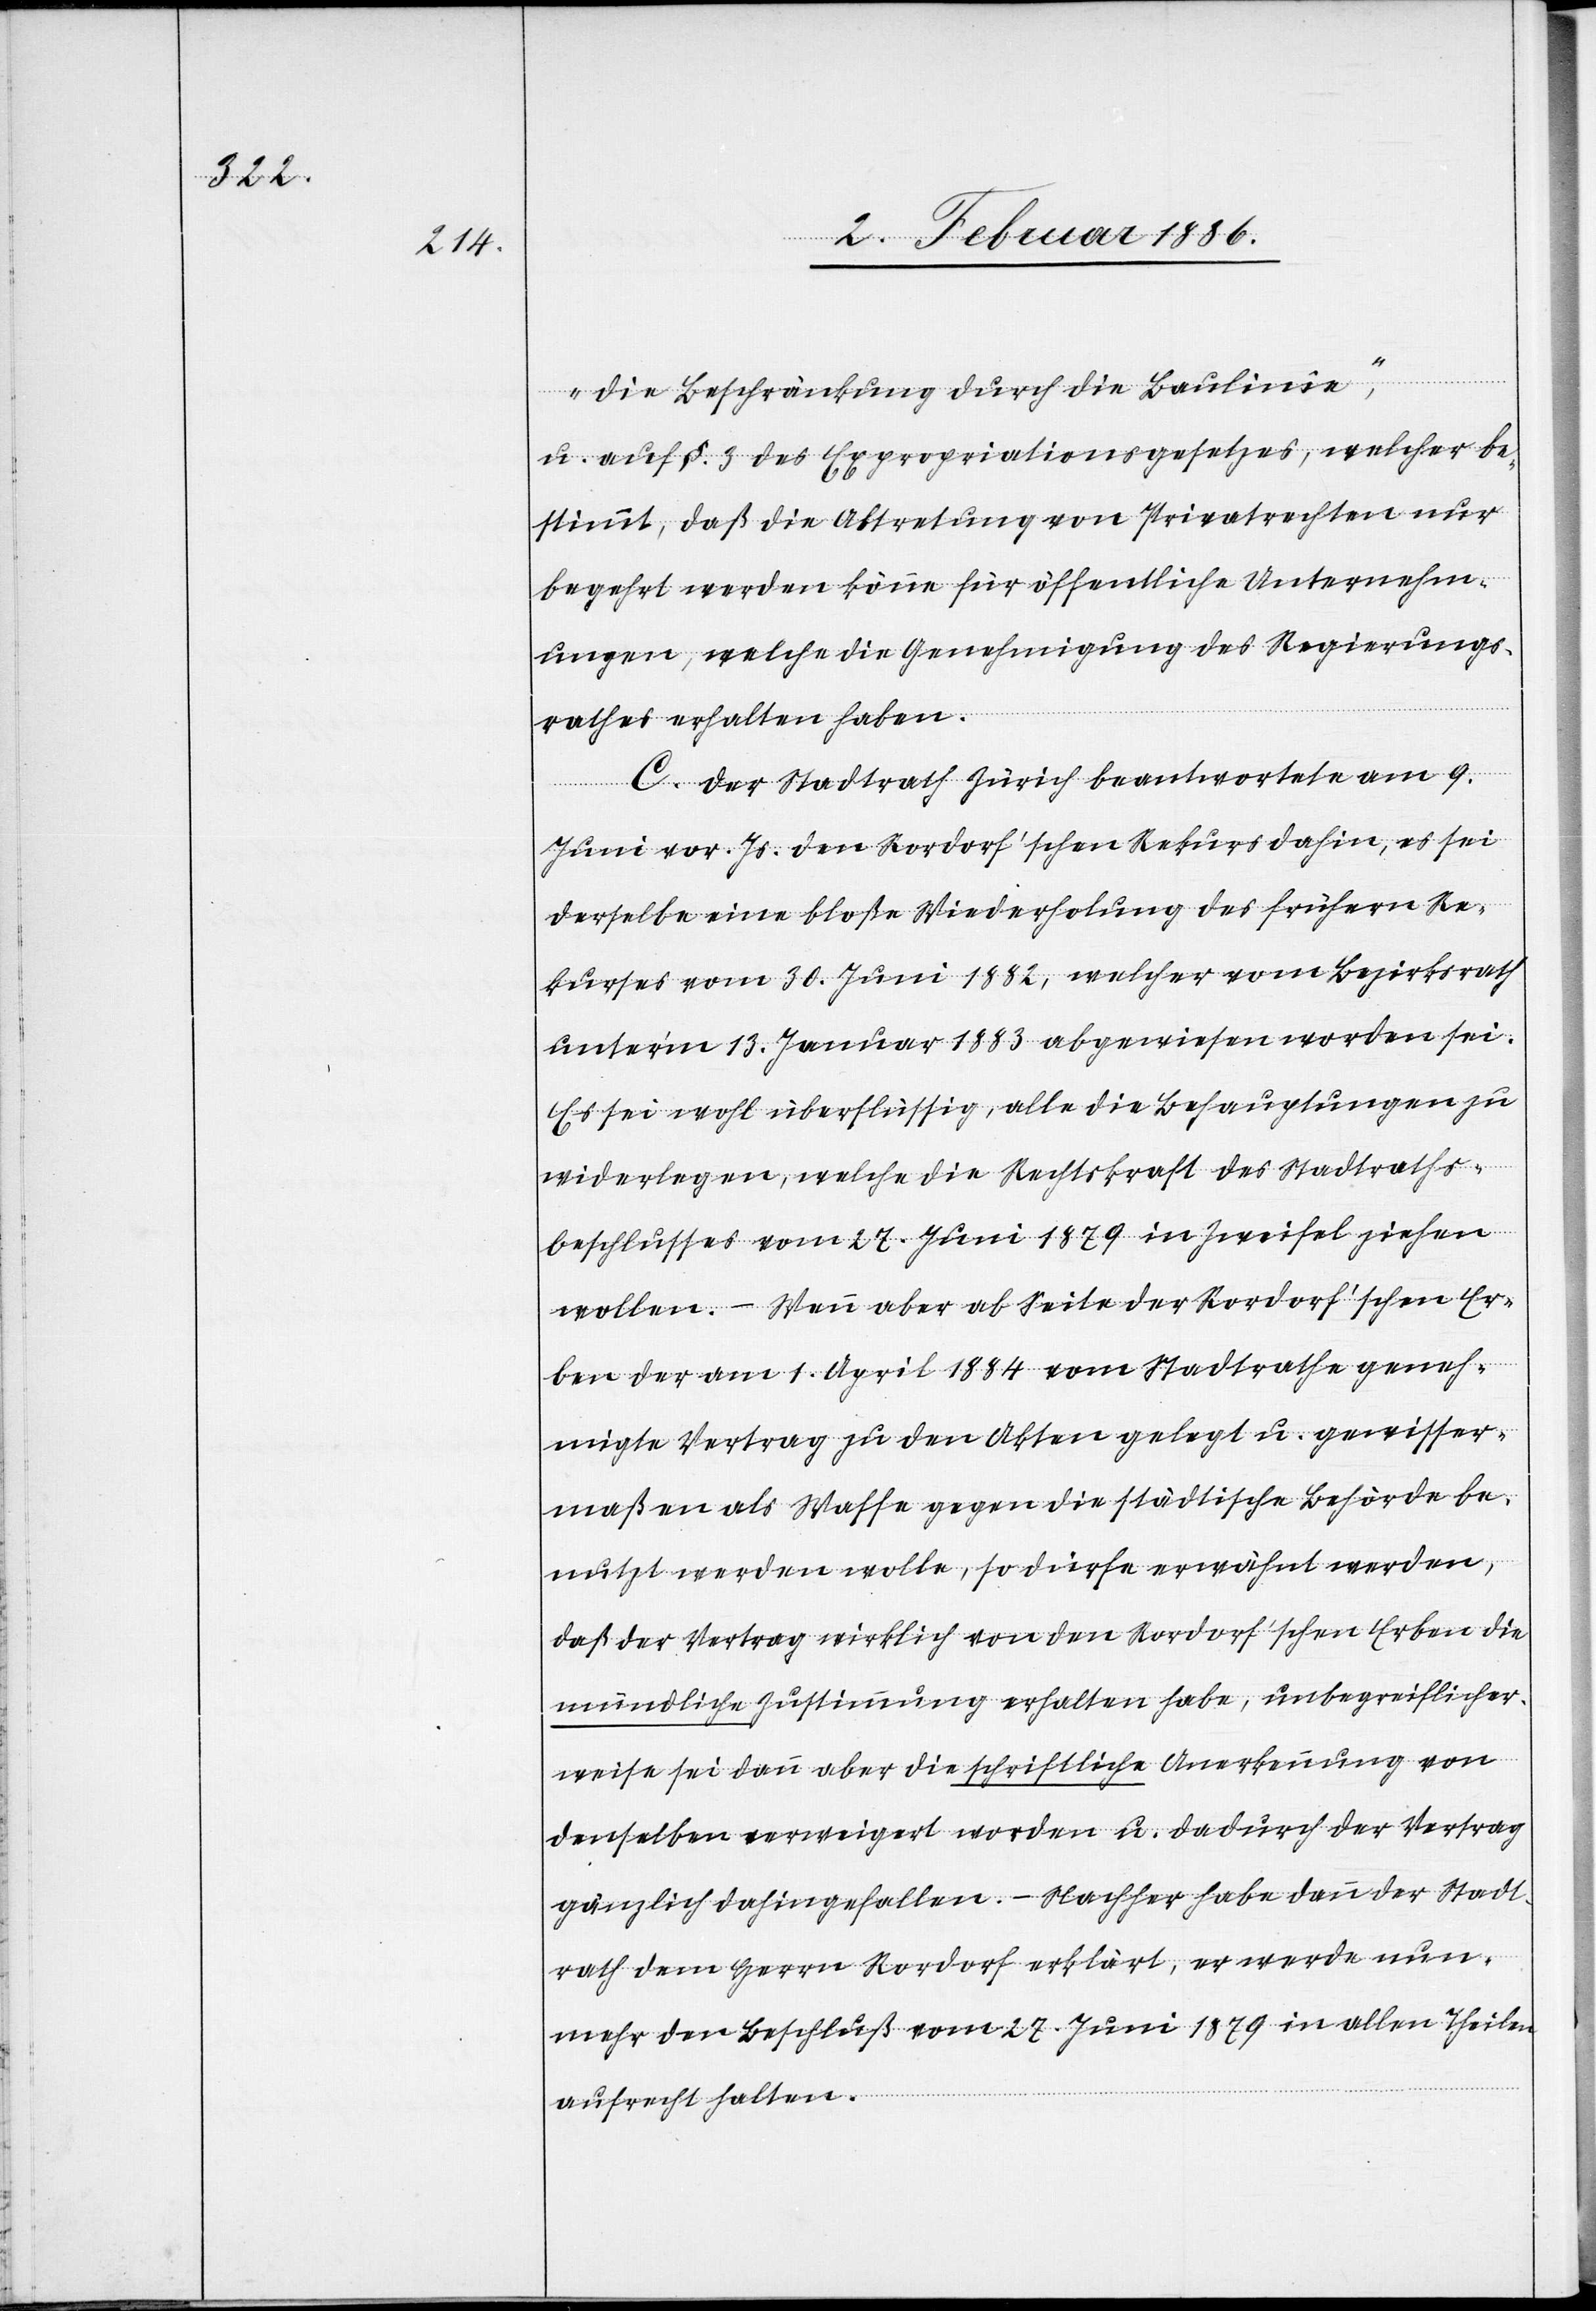
die Beschränkung durch die Baulinie“,
u. auf §. 3 des Expropriationsgesetzes, welcher be¬
stimmt, daß die Abtretungen von Privatrechten nur
begehrt werden könne für öffentliche Unternehm¬
ungen, welche die Genehmigungen des Regierungs¬
rathes erhalten haben.
C. Der Stadtrath Zürich beantwortete am 9.
Juni vor. Js. den Rordorf’schen Rekurs dahin, es sei
derselbe eine bloße Wiederholung des frühern Re¬
kurses vom 30. Juni 1882, welcher vom Bezirksrath
unterm 13. Januar 1883 abgewiesen worden sei.
Es sei wohl überflüssig, alle die Behauptungen zu
widerlegen, welche die Rechtskraft des Stadtraths¬
beschlusses vom 27. Juni 1879 in Zweifel ziehen
wollen. – Wenn aber ab Seite der Rordorf’schen Er¬
ben der am 1. April 1884 vom Stadtrathe geneh¬
migte Vertrag zu den Akten gelegt u. gewisser¬
maßen als Waffe gegen die städtische Behörde be¬
nutzt werden solle, so dürfe erwähnt werden,
daß der Vertrag wirklich von den Rordorf’schen Erben die
mündliche Zustimmung erhalten habe, unbegreiflicher¬
weise sei dann aber die schriftliche Anerkennung von
denselben verweigert worden u. dadurch der Vertrag
gänzlich dahingefallen. – Nachher habe dann der Stadt¬
rath dem Herrn Rordorf erklärt, er werde nun¬
mehr den Beschluß vom 27. Juni 1879 in allen Theilen
aufrecht halten.